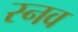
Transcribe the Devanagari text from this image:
स्नव